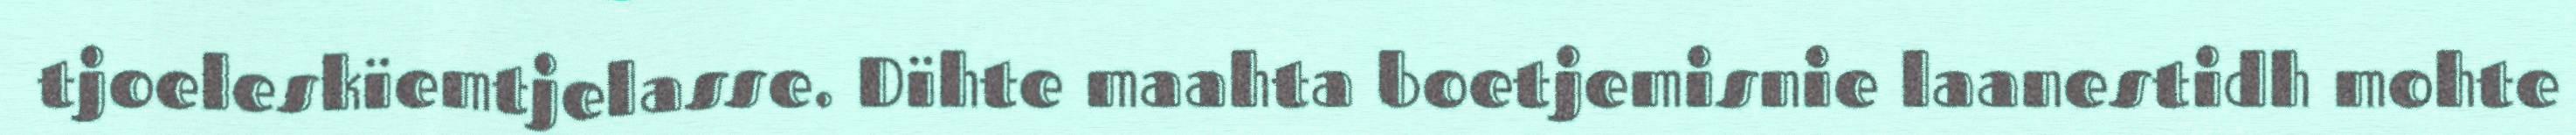
tjoeleskïemtjelasse. Dïhte maahta boetjemisnie laanestidh mohte